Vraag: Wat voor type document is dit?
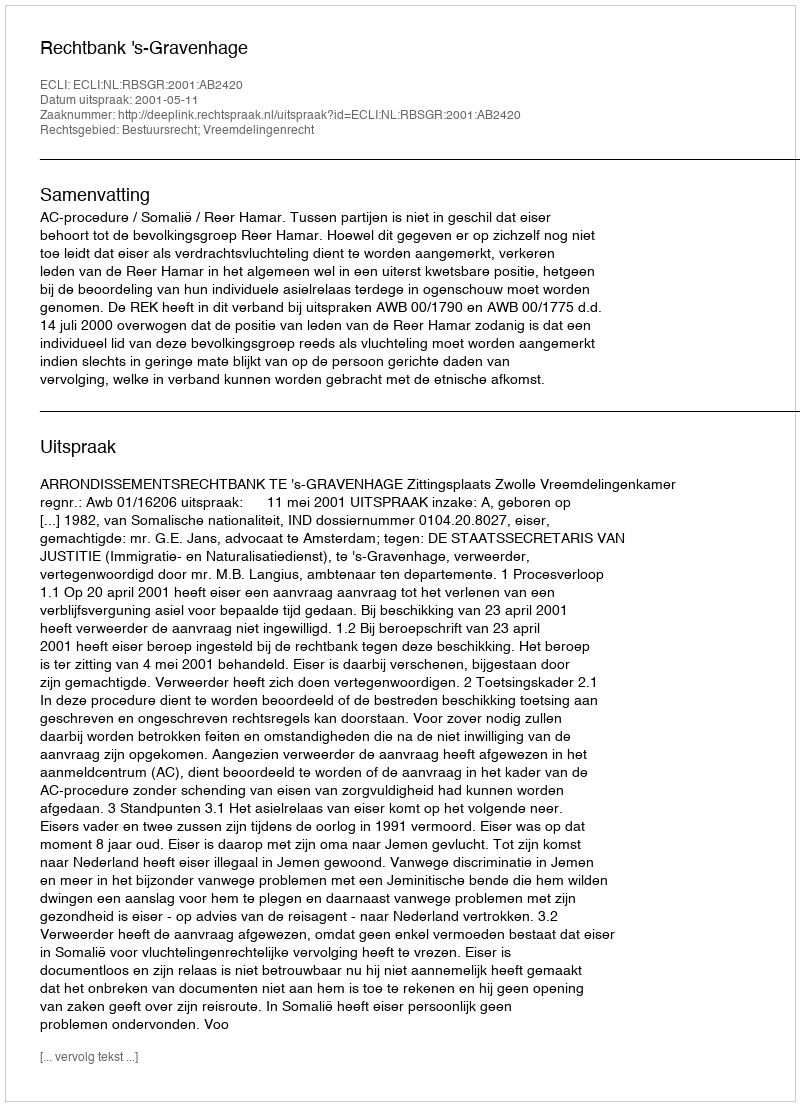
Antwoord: Uitspraak